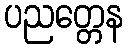
ပညတ္တေန